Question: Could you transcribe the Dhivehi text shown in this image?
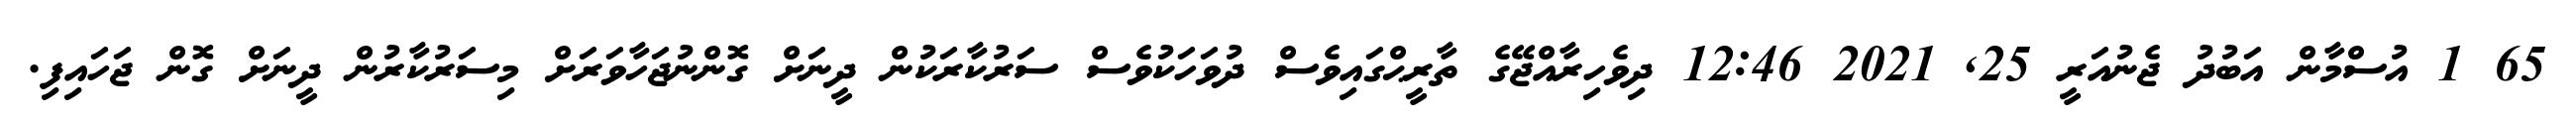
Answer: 65 1 އުސްމާން އަބުދު ޖެނުއަރީ 25, 2021 12:46 ދިވެހިރާއްޖޭގެ ތާރީޙްގައިވެސް ދުވަހަކުވެސް ސަރުކާރަކުން ދީނަށް ގޮންނުޖަހާވަރަށް މިސަރުކާރުން ދީނަށް ގޮން ޖަހައިފި.